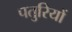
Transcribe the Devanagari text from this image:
पतुरियों